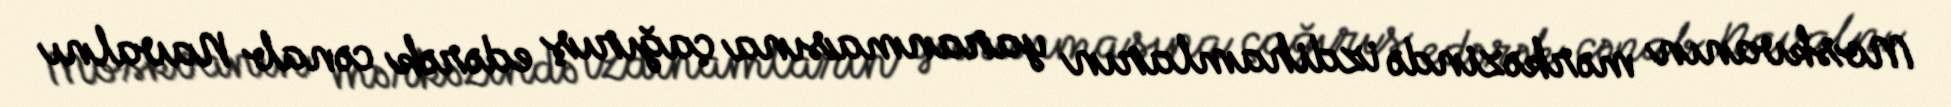
Moskvanın mərkəzində izdihamların yaranmasına çağırış edərək cənab Navalnı